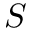
S